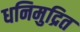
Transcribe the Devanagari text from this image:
धनिमुद्रित